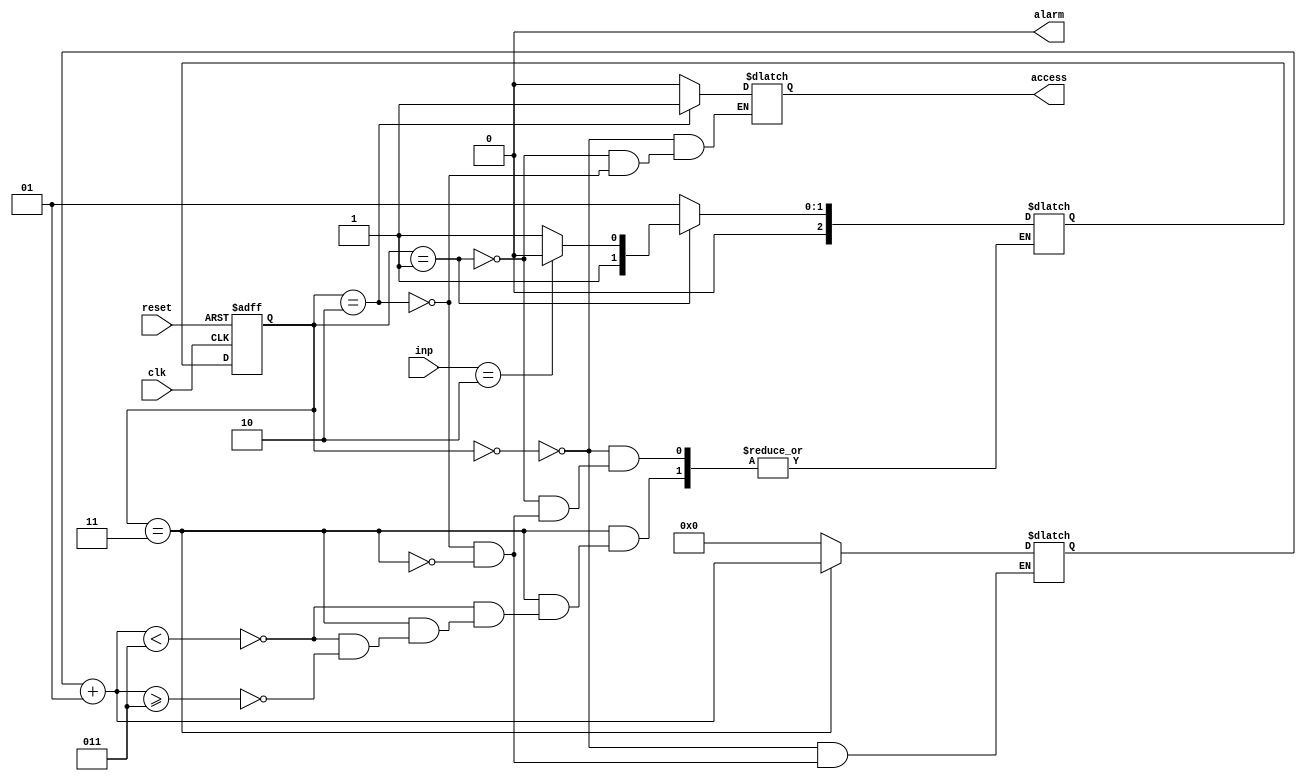
module password_based_lock(access,alarm,inp,reset,clk);
parameter [3:0]pass = 1234;
output access,alarm;						
input [13:0]inp;
input reset;
input clk;
parameter idle=3'b000, wait_pass=3'b001, access_state=3'b010, denied=3'b011;
reg[2:0] current_state, next_state;
reg access,condition,alarm;							
integer count;
  

  
initial 
begin
	count = 0;
	access = 0;					
	alarm = 0;  
    current_state=idle;
end
  always @(posedge clk or  posedge reset)
begin
  if(reset) 
    begin
     current_state<=idle;
    end
  else
    begin
     current_state<=next_state;
    end
end
 
    
  always @(*)
begin
  case(current_state)   
       idle: 
        begin
            alarm=0;
            count=0;
            access=0;
            next_state=wait_pass;
        end
       wait_pass:
        begin
            access<=0;
            if(inp==pass)
               next_state=access_state;
            else 
               next_state=denied;
              
        end
       access_state: 
        begin
            access<=1;
            alarm<=0;
            count<=0;
            next_state=wait_pass;
        end
       denied: 
        begin
            count=count+1;
            if(count<3)
               next_state=wait_pass;
          else if (count>=3)
               
            next_state=wait_pass;
        end
  endcase
end

endmodule